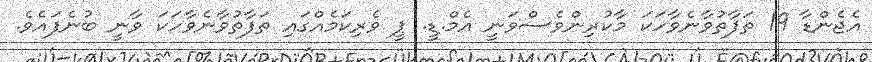
އެޖެންޑާ 19 ތަފާތުވާނެވާހަކަ މާކުރިންވެސްވަނީ އެމް.ޑީ. ޕީ ވެރިކަމެއްގައި ތަފާތުވާނެވާހަކަ ވާނީ ބުނެފައެވެ.